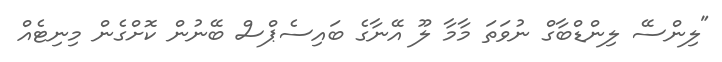
"ލިންސޭ ލިންޑްބާގް ނުވަތަ މާމާ ލޫ އޭނާގެ ބައިސެޕްސް ބޭނުން ކޮށްގެން މިނިޓެއް